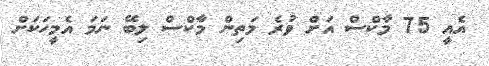
އެއީ 75 މާކްސް އަށް ވުރެ މަތިން މާކްސް ލިބޭ ނަމަ އެމީހަކަށް